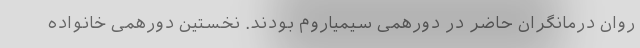
روان درمانگران حاضر در دورهمی سیمیاروم بودند. نخستین دورهمی خانواده